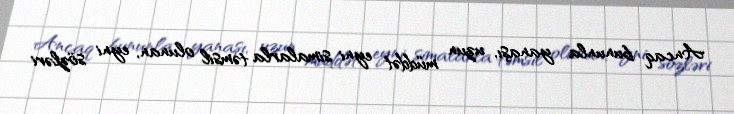
Ancaq bununla yanaşı, uzun müddət eyni simalarla təmsil olunan, eyni sözləri